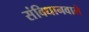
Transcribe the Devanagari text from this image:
संविधानवाले